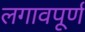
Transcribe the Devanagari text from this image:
लगावपूर्ण